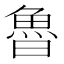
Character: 魯